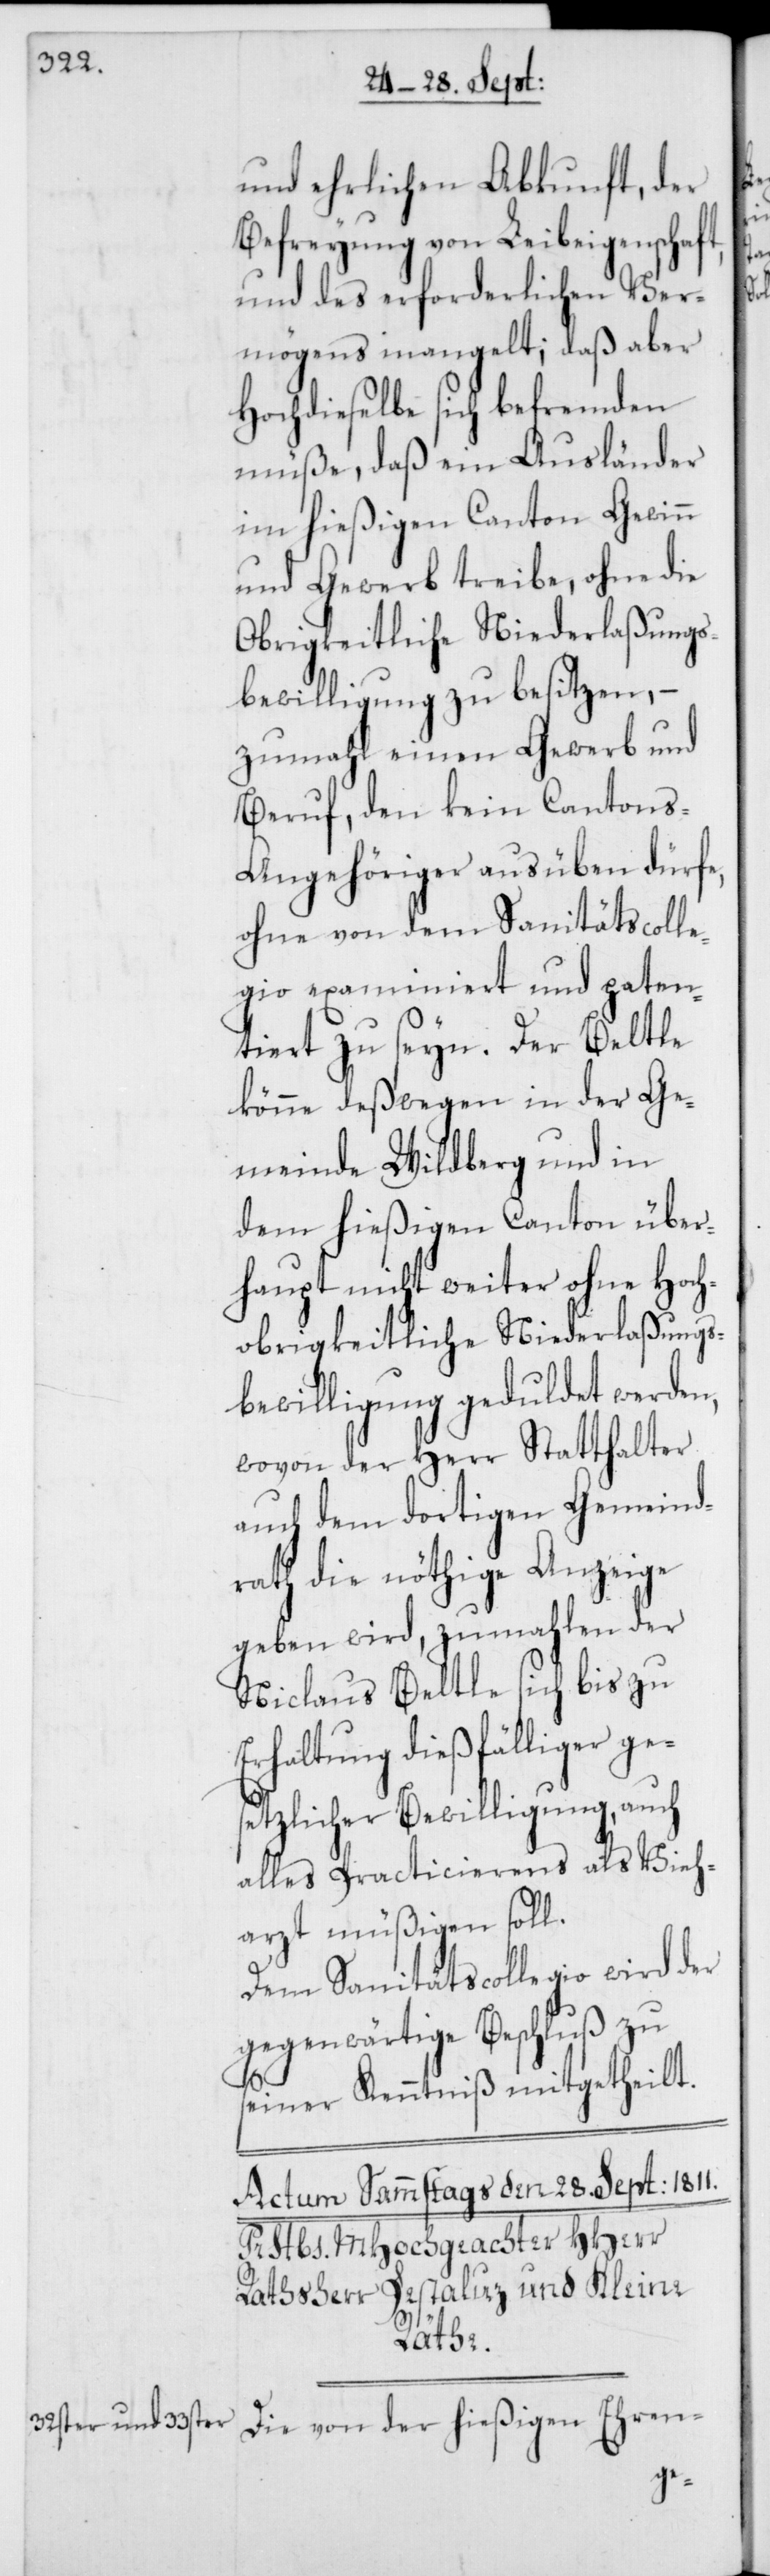
und ehrlichen Abkunft, der
Befreyung von Leibeigenschaft,
und des erforderlichen Ver¬
mögens mangelt; daß aber
Hochdieselbe sich befremden
müße, daß ein Ausländer
im hießigen Canton Gewinn
und Gewerb treibe, ohne die
Obrigkeitliche Niederlaßungs¬
bewilligung zu besitzen, –
zumahl einen Gewerb und
Beruf, den kein Canton¬
s-Angehöriger ausüben dürfe,
ohne von dem Sanitätscolle¬
gio examiniert und paten¬
tiert zu seyn. Der Beltle
könne deßwegen in der Ge¬
meinde Wildberg und in
dem hießigen Canton über¬
haupt nicht weiter ohne Hoch¬
obrigkeitliche Niederlaßungs¬
bewilligung geduldet werden,
wovon der Herr Statthalter
auch dem dortigen Gemeind¬
rath die nöthige Anzeige
geben wird, zumahlen der
Niclaus Beltle sich bis zu
Erhaltung dießfälliger ge¬
setzlicher Bewilligung, auch
alles Practicierens als Vieh¬
arzt müßigen soll.
Dem Sanitätscollegio wird der
gegenwärtige Beschluß zu
seiner Kenntniß mitgetheilt.

Die